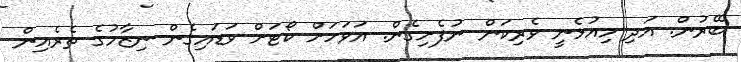
ބޭރުން. އަދި މިއުޅެނީ ވެރިކަން ނުފެށިގެން. އަވަހަށް ކޯޓަށް ވަޑައިގެން ނިޒާމުގެ ތެރެއިން